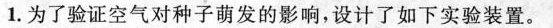
1.为了验证空气对种子萌发的影响，设计了如下实验装置。